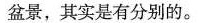
盆景，其实是有分别的。